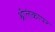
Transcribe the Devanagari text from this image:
श्रीलंकापर